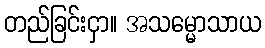
တည်ခြင်းငှာ။ အသမ္မောသာယ